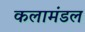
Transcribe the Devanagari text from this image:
कलामंडल